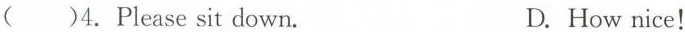
( )4.Please sit down. D.How nice!